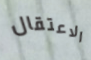
الاعتقال